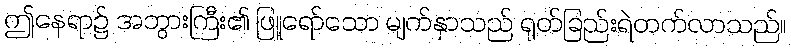
ဤနေရာ၌ အဘွားကြီး၏ ဖြူရော်သော မျက်နှာသည် ရုတ်ခြည်းရဲတက်လာသည်။